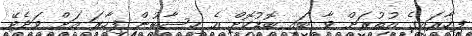
ފިހާރައިގެ އުތުރަށް ވާ ބައި ބޮޑުކޮށް އެ ހިސާބުން ފިހާރަ އަށް ވަދެވޭ